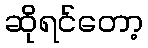
ဆိုရင်တော့